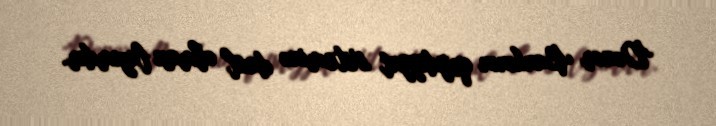
Donor Bankının qeydiyyat sisteminə daxil olması lazımdır.